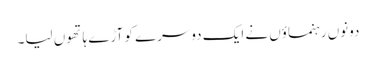
دونوں رہنماؤں نے ایک دوسرے کو آڑے ہاتھوں لیا۔